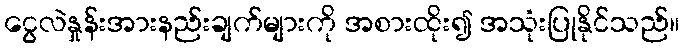
ငွေလဲနှုန်းအားနည်းချက်များကို အစားထိုး၍ အသုံးပြုနိုင်သည်။